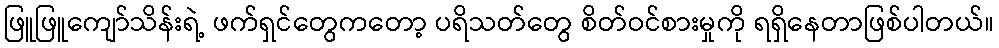
ဖြူဖြူကျော်သိန်းရဲ့ ဖက်ရှင်တွေကတော့ ပရိသတ်တွေ စိတ်ဝင်စားမှုကို ရရှိနေတာဖြစ်ပါတယ်။